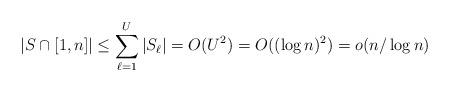
LaTeX: \begin{align*}\vert S\cap [1,n]\vert\leq \sum_{\ell=1}^U\vert S_{\ell}\vert=O(U^2)=O((\log n)^2)=o(n/\log n)\end{align*}